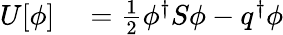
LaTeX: \begin{array}{rl}{U[\phi]}&{{}=\frac{1}{2}\phi^{\dagger}S\phi-q^{\dagger}\phi}\end{array}